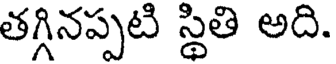
తగ్గినప్పటి స్థితి అది.